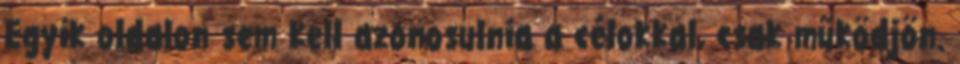
Egyik oldalon sem kell azonosulnia a célokkal, csak működjön.